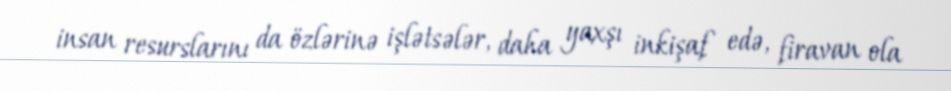
insan resurslarını da özlərinə işlətsələr, daha yaxşı inkişaf edə, firavan ola